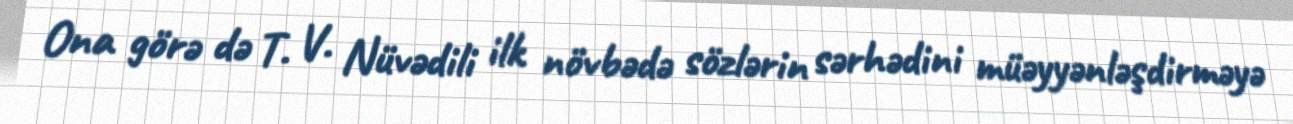
Ona görə də T. V. Nüvədili ilk növbədə sözlərin sərhədini müəyyənləşdirməyə